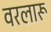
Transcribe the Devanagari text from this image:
वरलारू